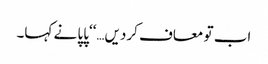
اب تو معاف کردیں…‘‘پاپا نے کہا۔